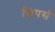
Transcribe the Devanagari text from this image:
स्निपर्स